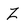
Character: Z